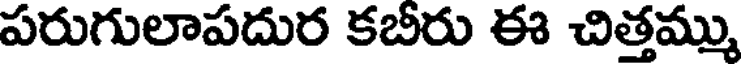
పరుగులాపదుర కబీరు ఈ చిత్తమ్ము